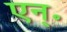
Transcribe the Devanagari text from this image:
एन्॰